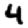
Digit: 4